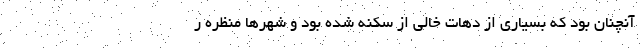
آنچنان بود که بسیاری از دهات خالی از سکنه شده بود و شهرها منظره ر